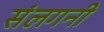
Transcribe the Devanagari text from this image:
संलगनी